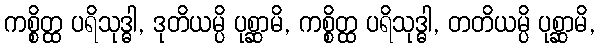
ကစ္စိတ္ထ ပရိသုဒ္ဓါ, ဒုတိယမ္ပိ ပုစ္ဆာမိ, ကစ္စိတ္ထ ပရိသုဒ္ဓါ, တတိယမ္ပိ ပုစ္ဆာမိ,